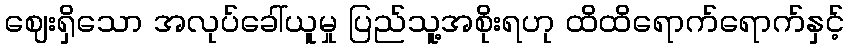
ဈေးရှိသော အလုပ်ခေါ်ယူမှု ပြည်သူ့အစိုးရဟု ထိထိရောက်ရောက်နှင့်